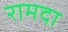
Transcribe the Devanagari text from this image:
रामदा